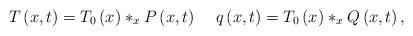
LaTeX: \begin{align*}T\left( x,t\right) =T_{0}\left( x\right) \ast _{x}P\left( x,t\right) \;\;\;\;q\left( x,t\right) =T_{0}\left( x\right) \ast _{x}Q\left(x,t\right) , \end{align*}